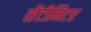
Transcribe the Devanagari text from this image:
सेंटीमिटर